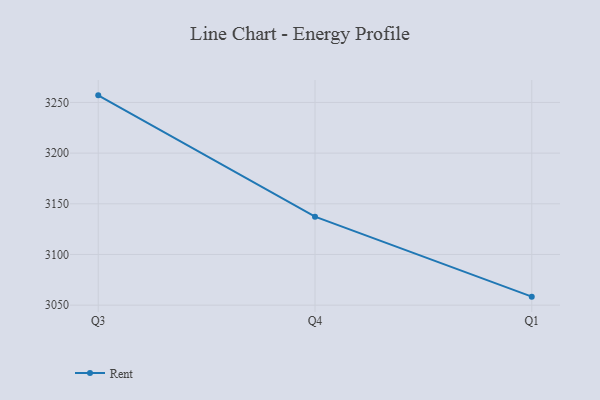
{"axis": {"x": "Quarter", "y": "Inventory Turnover"}, "legend": ["Rent"], "data": [{"x": "Q3", "y": 3257.0, "type": "Rent"}, {"x": "Q4", "y": 3137.3, "type": "Rent"}, {"x": "Q1", "y": 3058.4, "type": "Rent"}]}